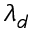
\lambda _ { d }